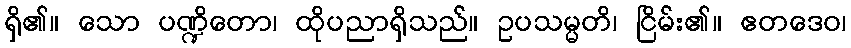
ရှိ၏။ သော ပဏ္ဍိတော၊ ထိုပညာရှိသည်။ ဥပသမ္မတိ၊ ငြိမ်း၏။ ဧတဒေဝ၊